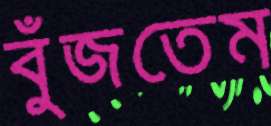
বুঁজতেম